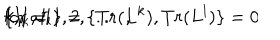
\{ I _ { k } , I _ { l } \} = \{ T r ( L ^ { k } ) , T r ( L ^ { l } ) \} = 0 \hspace { 0 . 7 c m } { \mathrm { f o r ~ a l l } } \hspace { 0 . 3 c m } k , l = 1 , 2 , . . . . \ ,